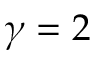
\gamma = 2